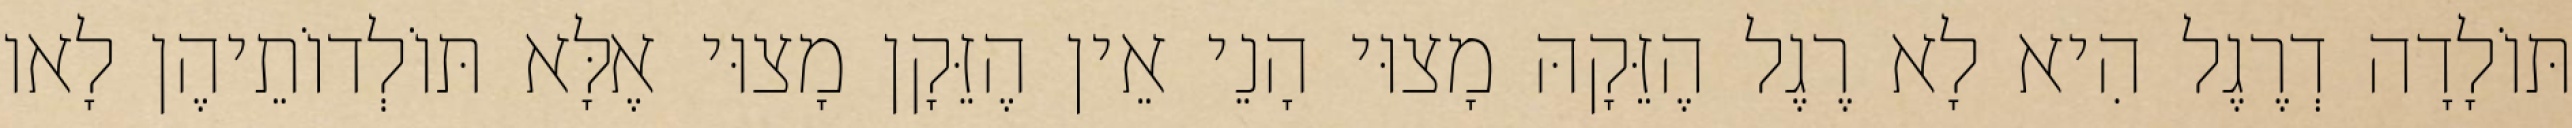
תּוֹלָדָה דְרֶגֶל הִיא לָא רֶגֶל הֶזֵּקָהּ מָצוּי הָנֵי אֵין הֶזֵּקָן מָצוּי אֶלָּא תּוֹלְדוֹתֵיהֶן לָאו